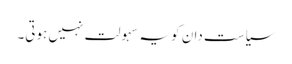
سیاست دان کو یہ سہولت نہیں ہوتی۔